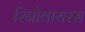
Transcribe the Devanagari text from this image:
रिनोवायरस